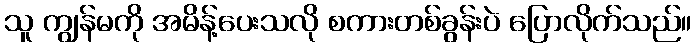
သူ ကျွန်မကို အမိန့်ပေးသလို စကားတစ်ခွန်းပဲ ပြောလိုက်သည်။